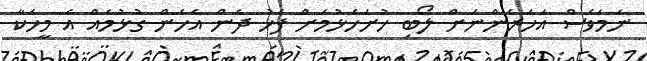
ނަމަވެސް އަހަރެންނަށް ލޯބި ހުށަހެޅުމަށް ފަހު ދެން އެހެން ގުޅުމެއް އެ މީހަކާ